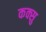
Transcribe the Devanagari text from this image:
कक्सु